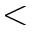
<